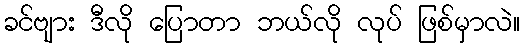
ခင်ဗျား ဒီလို ပြောတာ ဘယ်လို လုပ် ဖြစ်မှာလဲ။